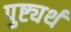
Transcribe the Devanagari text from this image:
पुष्ट्यर्थ